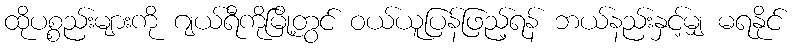
ထိုပစ္စည်းများကို ဂျယ်ရီကိုမြို့တွင် ဝယ်ယူပြန်ဖြည့်ရန် ဘယ်နည်းနှင့်မျှ မရနိုင်